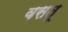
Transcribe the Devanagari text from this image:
वसतू